Indian journal of veterinary science and animal husbandry - Volumes 24-25, 1954-1955
Year: 1954
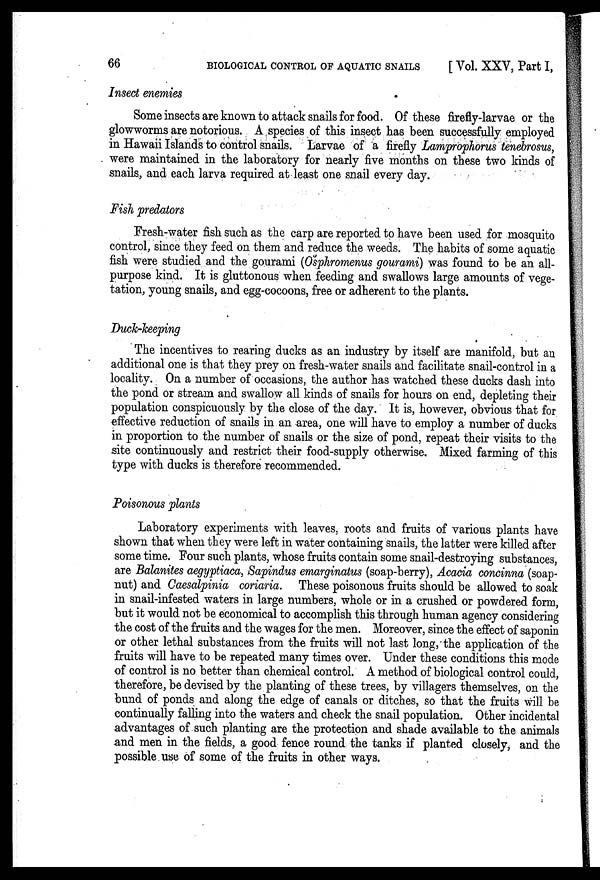
66
BIOLOGICAL CONTROL OF AQUATIC SNAILS
[Vol. XXV, Part I,
Insect enemies
Some insects are known to attack snails for food. Of these firefly-larvae or the
glowworms are notorious. A species of this insect has been successfully employed
in Hawaii Islands to control snails. Larvae of a firefly Lamprophorus tenebrosus,
were maintained in the laboratory for nearly five months on these two kinds of
snails, and each larva required at least one snail every day.
Fish predators
Fresh-water fish such as the carp are reported to have been used for mosquito
control, since they feed on them and reduce the weeds. The habits of some aquatic
fish were studied and the gourami (Osphromenus gourami) was found to be an all-
purpose kind. It is gluttonous when feeding and swallows large amounts of vege-
tation, young snails, and egg-cocoons, free or adherent to the plants.
Duck-keeping
The incentives to rearing ducks as an industry by itself are manifold, but an
additional one is that they prey on fresh-water snails and facilitate snail-control in a
locality. On a number of occasions, the author has watched these ducks dash into
the pond or stream and swallow all kinds of snails for hours on end, depleting their
population conspicuously by the close of the day. It is, however, obvious that for
effective reduction of snails in an area, one will have to employ a number of ducks
in proportion to the number of snails or the size of pond, repeat their visits to the
site continuously and restrict their food-supply otherwise. Mixed farming of this
type with ducks is therefore recommended.
Poisonous plants
Laboratory experiments with leaves, roots and fruits of various plants have
shown that when they were left in water containing snails, the latter were killed after
some time. Four such plants, whose fruits contain some snail-destroying substances,
are Balanites aegyptiaca, Sapindus emarginatus (soap-berry), Acacia concinna (soap-
nut) and Caesalpinia coriaria. These poisonous fruits should be allowed to soak
in snail-infested waters in large numbers, whole or in a crushed or powdered form,
but it would not be economical to accomplish this through human agency considering
the cost of the fruits and the wages for the men. Moreover, since the effect of saponin
or other lethal substances from the fruits will not last long, the application of the
fruits will have to be repeated many times over. Under these conditions this mode
of control is no better than chemical control. A method of biological control could,
therefore, be devised by the planting of these trees, by villagers themselves, on the
bund of ponds and along the edge of canals or ditches, so that the fruits will be
continually falling into the waters and check the snail population. Other incidental
advantages of such planting are the protection and shade available to the animals
and men in the fields, a good fence round the tanks if planted closely, and the
possible use of some of the fruits in other ways.